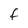
Character: f